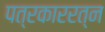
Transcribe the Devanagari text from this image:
पत्रकाररत्न